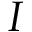
I